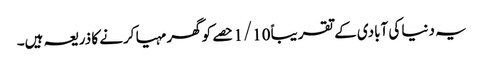
یہ دنیا کی آبادی کے تقریباً 1/10 حصے کو گھر مہیا کرنے کا ذریعہ ہیں۔